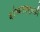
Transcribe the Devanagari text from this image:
यांच्याबद्दलही